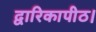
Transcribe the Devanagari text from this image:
द्वारिकापीठ।